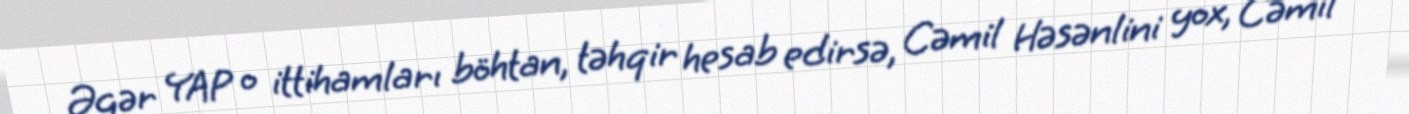
Əgər YAP o ittihamları böhtan, təhqir hesab edirsə, Cəmil Həsənlini yox, Cəmil